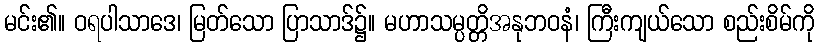
မင်း၏။ ဝရပါသာဒေ၊ မြတ်သော ပြာသာဒ်၌။ မဟာသမ္ပတ္တိအနုဘဝနံ၊ ကြီးကျယ်သော စည်းစိမ်ကို